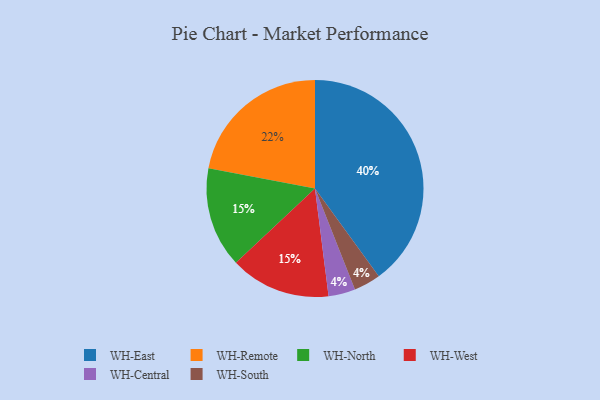
{"axis": {"x": "Category", "y": "Percentage"}, "legend": ["WH-Central", "WH-East", "WH-North", "WH-Remote", "WH-South", "WH-West"], "data": [{"x": "WH-Remote", "y": 22, "type": "WH-Remote"}, {"x": "WH-North", "y": 15, "type": "WH-North"}, {"x": "WH-West", "y": 15, "type": "WH-West"}, {"x": "WH-Central", "y": 4, "type": "WH-Central"}, {"x": "WH-South", "y": 4, "type": "WH-South"}, {"x": "WH-East", "y": 40, "type": "WH-East"}]}